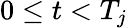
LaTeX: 0\leq t<T_{j}